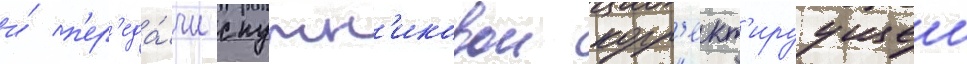
и́ п'ер'еда́чи спутн'иковои корр'ект'ируущеи